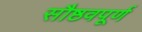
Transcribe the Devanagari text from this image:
सौष्ठवपूर्ण